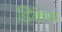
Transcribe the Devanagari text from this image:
डिकेफ